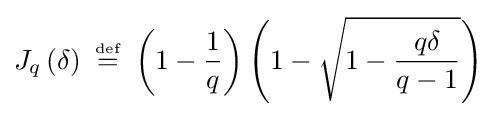
J_{q}\left(\delta \right)~{\overset {\underset {\mathrm {def} }{}}{=}}~\left(1-{1 \over q}\right)\left(1-{\sqrt {1-{q\delta  \over {q-1}}}}\right)